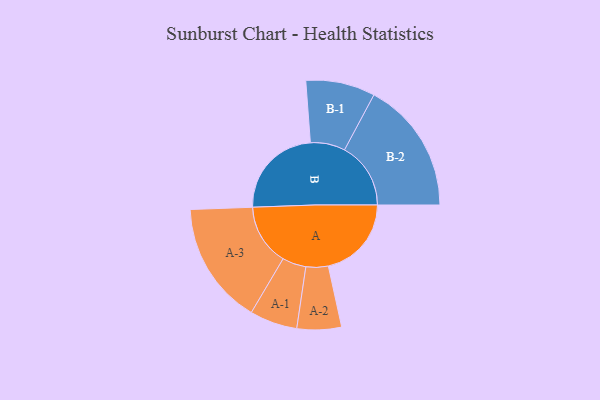
{"axis": {"x": "Segment", "y": "Value"}, "legend": ["", "A", "B"], "data": [{"x": "A", "y": 374, "type": ""}, {"x": "B", "y": 423, "type": ""}, {"x": "A-1", "y": 107, "type": "A"}, {"x": "A-2", "y": 100, "type": "A"}, {"x": "A-3", "y": 276, "type": "A"}, {"x": "B-1", "y": 156, "type": "B"}, {"x": "B-2", "y": 298, "type": "B"}]}